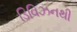
ડિવિઝનથી